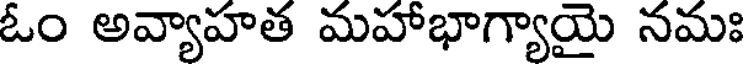
ఓం అవ్యాహత మహాభాగ్యాయై నమః